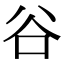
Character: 谷